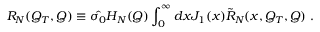
{ \cal R } _ { N } ( Q _ { T } , Q ) \equiv \hat { \sigma _ { 0 } } H _ { N } ( Q ) \int _ { 0 } ^ { \infty } d x J _ { 1 } ( x ) { \tilde { \cal R } } _ { N } ( x , Q _ { T } , Q ) \; .